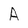
Character: A